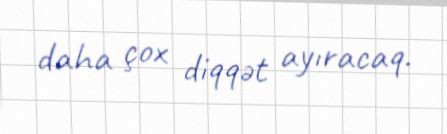
daha çox diqqət ayıracaq.